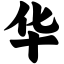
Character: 华